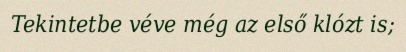
Tekintetbe véve még az első klózt is;